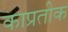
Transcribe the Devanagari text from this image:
काप्रतीक